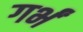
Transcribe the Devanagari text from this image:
गर्भं